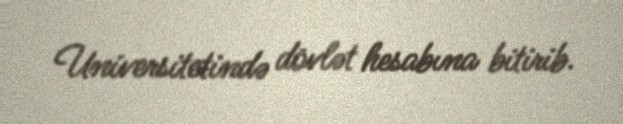
Universitetində dövlət hesabına bitirib.